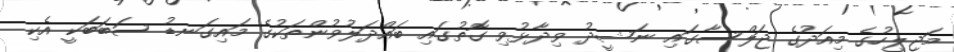
މަޖިލީހުގެ މިއަދުގެ ޖަލްސާގައި ނަޝީދު ވިދާޅުވި ގޮތުގައި ބައްދަލުވުންތަކުގެ މައިގަނޑު ސަބަބަކީ އެކި